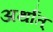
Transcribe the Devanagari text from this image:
अर्थांत्‌